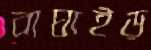
বাঘাইড়